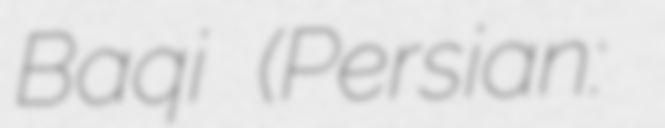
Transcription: Baqi (Persian: جنگل